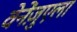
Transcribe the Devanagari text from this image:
वेनेंज़ुएला